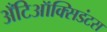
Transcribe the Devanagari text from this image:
अँटिऑक्सिडंटस